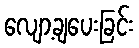
လျော့ချပေးခြင်း